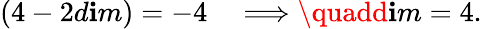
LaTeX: (4-2d\mathbf{i}m)=-4\quad\Longrightarrow\quadd\mathbf{i}m=4.